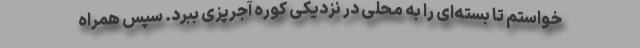
خواستم تا بسته‌ای را به محلی در نزدیکی کوره آجرپزی ببرد. سپس همراه